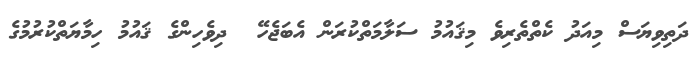
ދަތިވިޔަސް މިއަދު ކެތްތެރިވެ މިޤައުމު ސަލާމަތްކުރަން އެބަޖެހޭ  ދިވެހިންގެ ޤައުމު ހިމާޔަތްކުރުމުގެ